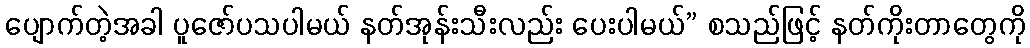
ပျောက်တဲ့အခါ ပူဇော်ပသပါမယ် နတ်အုန်းသီးလည်း ပေးပါမယ်” စသည်ဖြင့် နတ်ကိုးတာတွေကို